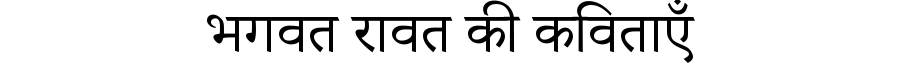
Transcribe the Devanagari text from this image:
भगवत रावत की कविताएँ